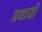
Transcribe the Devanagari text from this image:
प्रथायो